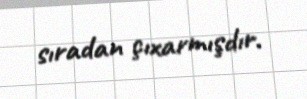
sıradan çıxarmışdır.